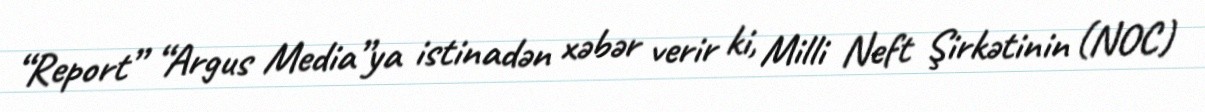
“Report” “Argus Media”ya istinadən xəbər verir ki, Milli Neft Şirkətinin (NOC)